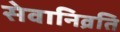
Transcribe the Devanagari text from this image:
सेवानिव्रति